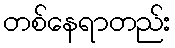
တစ်နေရာတည်း